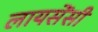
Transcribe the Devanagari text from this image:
लायसेंसी